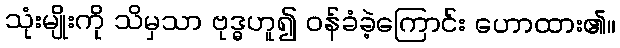
သုံးမျိုးကို သိမှသာ ဗုဒ္ဓဟူ၍ ဝန်ခံခဲ့ကြောင်း ဟောထား၏။